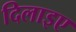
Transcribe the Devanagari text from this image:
दिलाइए